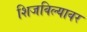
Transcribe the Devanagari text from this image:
शिजविल्यावर